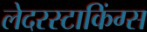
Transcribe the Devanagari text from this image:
लेदरस्टाकिंग्स